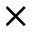
\times